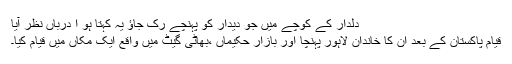
دلدار کے کوچے میں جو دیدار کو پہنچے رک جاؤ یہ کہتا ہو ا درباں نظر آیا
قیام پاکستان کے بعد ان کا خاندان لاہور پہنچا اور بازار حکیماں ،بھاٹی گیٹ میں واقع ایک مکاں میں قیام کیا۔